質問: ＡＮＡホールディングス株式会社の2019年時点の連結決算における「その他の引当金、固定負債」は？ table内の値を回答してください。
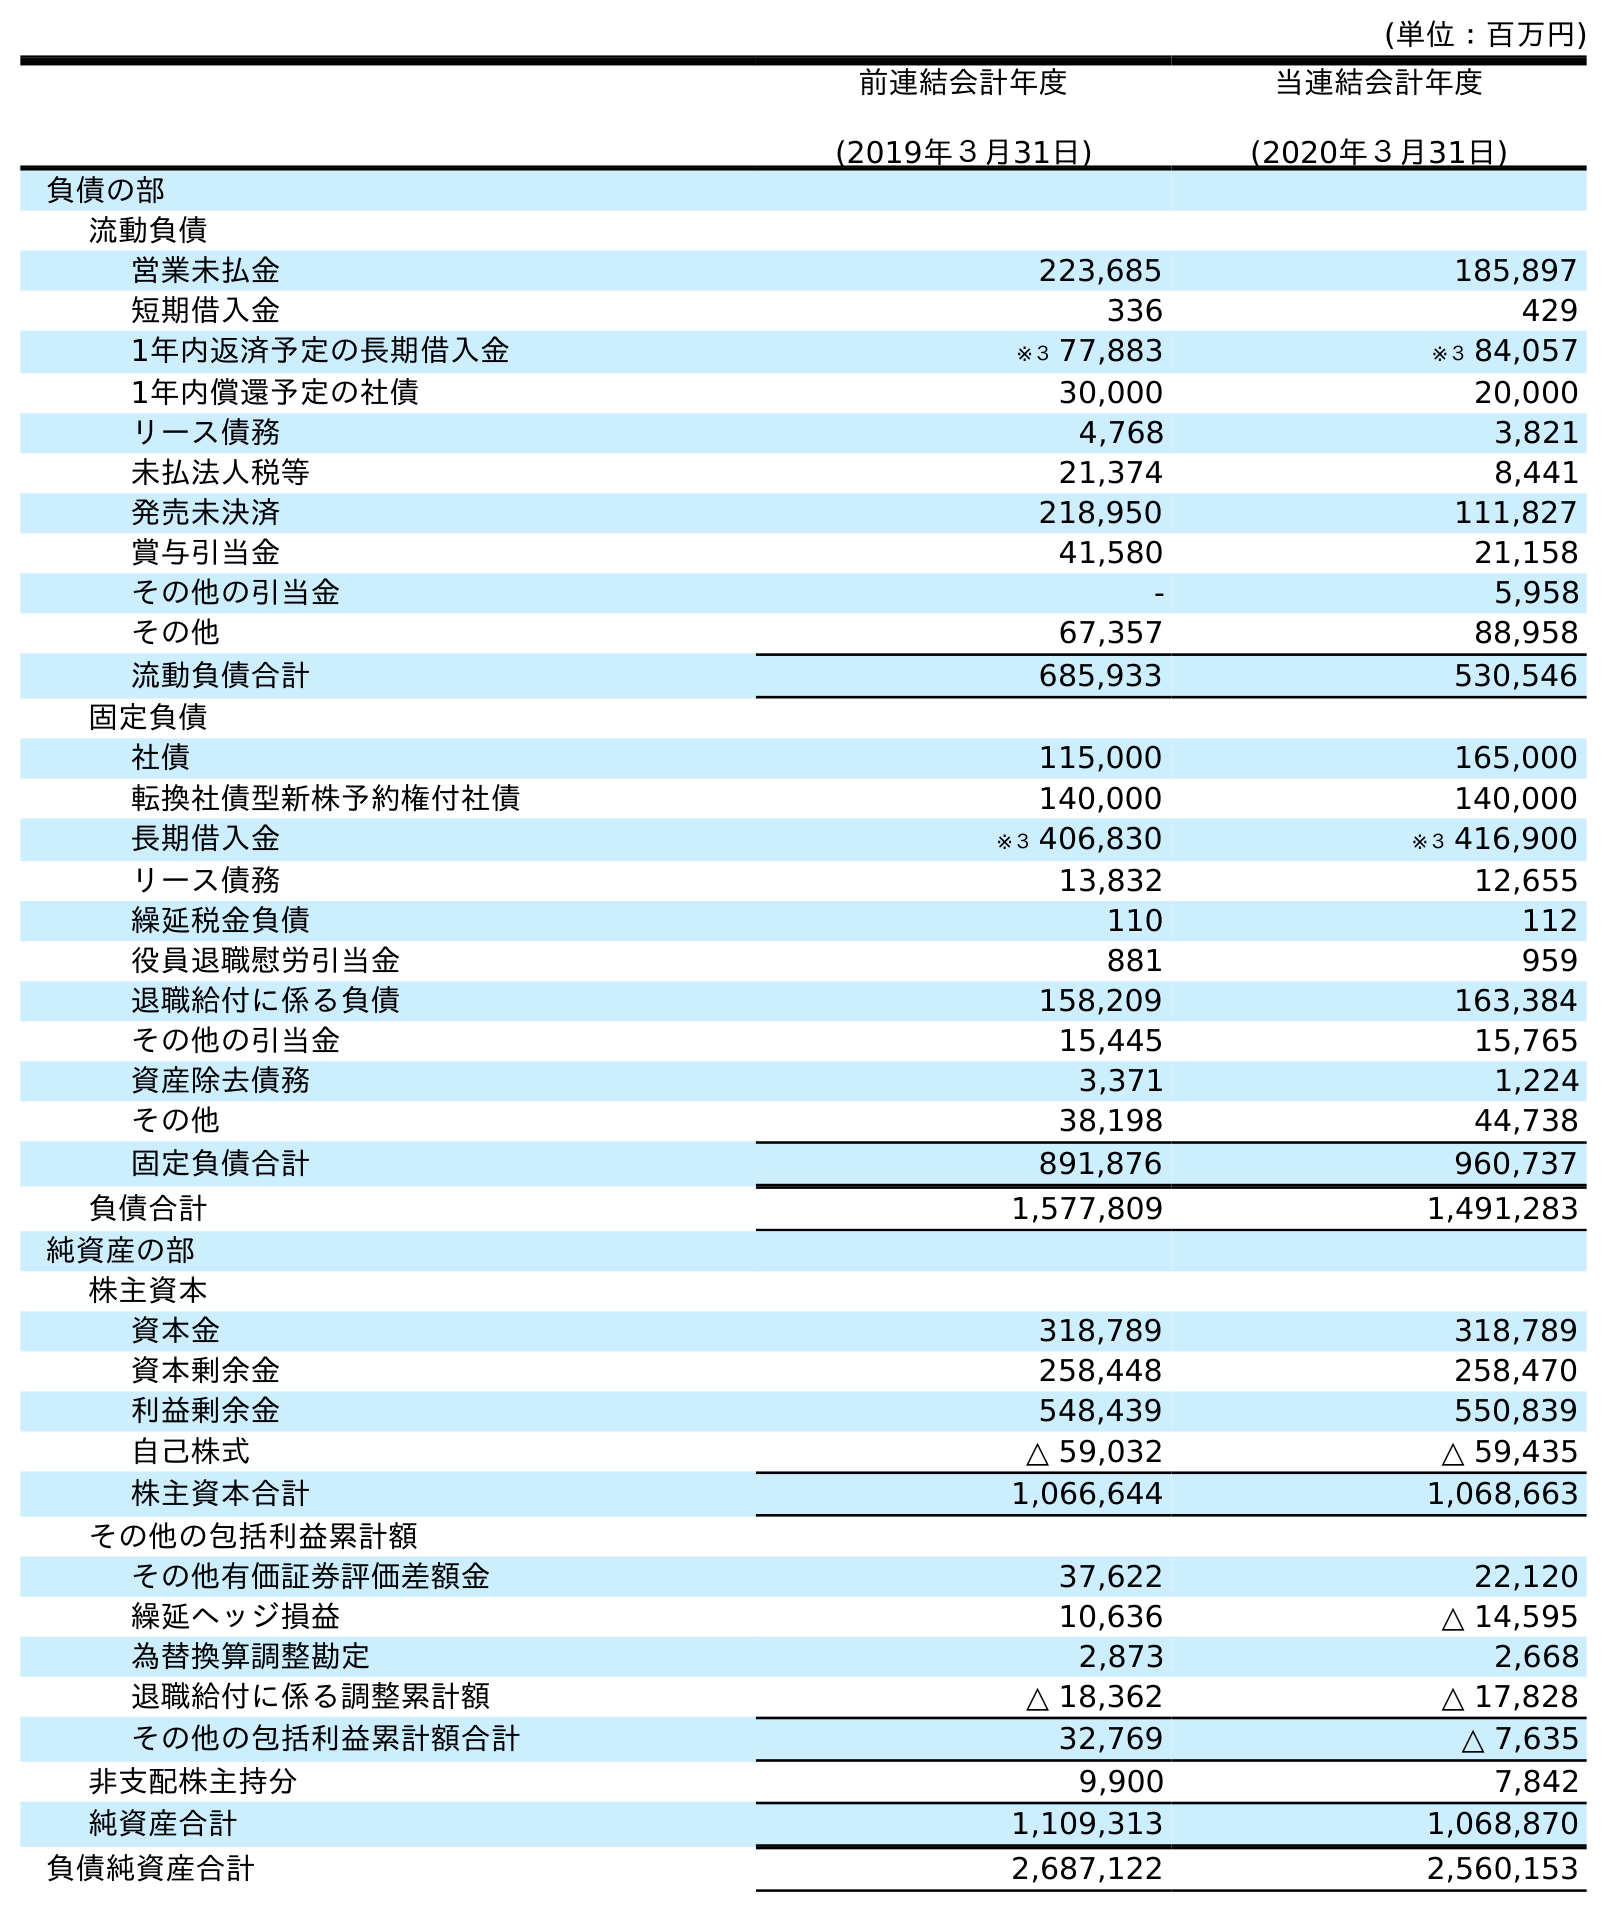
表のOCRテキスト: (単位：百万円) 前連結会計年度 (2019年３月31日) 当連結会計年度 (2020年３月31日) 負債の部 流動負債 営業未払金 223,685 185,897 短期借入金 336 429 1年内返済予定の長期借入金 ※３ 77,883 ※３ 84,057 1年内償還予定の社債 30,000 20,000 リース債務 4,768 3,821 未払法人税等 21,374 8,441 発売未決済 218,950 111,827 賞与引当金 41,580 21,158 その他の引当金 - 5,958 その他 67,357 88,958 流動負債合計 685,933 530,546 固定負債 社債 115,000 165,000 転換社債型新株予約権付社債 140,000 140,000 長期借入金 ※３ 406,830 ※３ 416,900 リース債務 13,832 12,655 繰延税金負債 110 112 役員退職慰労引当金 881 959 退職給付に係る負債 158,209 163,384 その他の引当金 15,445 15,765 資産除去債務 3,371 1,224 その他 38,198 44,738 固定負債合計 891,876 960,737 負債合計 1,577,809 1,491,283 純資産の部 株主資本 資本金 318,789 318,789 資本剰余金 258,448 258,470 利益剰余金 548,439 550,839 自己株式 △ 59,032 △ 59,435 株主資本合計 1,066,644 1,068,663 その他の包括利益累計額 その他有価証券評価差額金 37,622 22,120 繰延ヘッジ損益 10,636 △ 14,595 為替換算調整勘定 2,873 2,668 退職給付に係る調整累計額 △ 18,362 △ 17,828 その他の包括利益累計額合計 32,769 △ 7,635 非支配株主持分 9,900 7,842 純資産合計 1,109,313 1,068,870 負債純資産合計 2,687,122 2,560,153
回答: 15,445